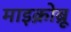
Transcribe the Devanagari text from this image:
माइक्रोब्रू